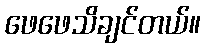
ဖေဖေသိချင်တယ်။